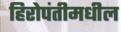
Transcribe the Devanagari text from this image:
हिरोपंतीमधील